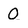
Character: O